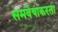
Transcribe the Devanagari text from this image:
समवेषाकरता